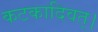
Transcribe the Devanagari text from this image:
कटकादिवत्।